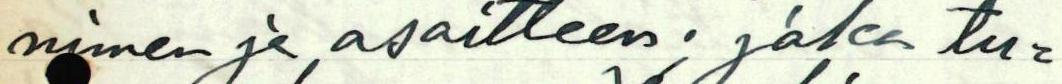
nimen ja osoitteen; joka tu=